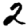
Digit: 2